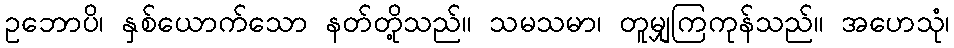
ဥဘောပိ၊ နှစ်ယောက်သော နတ်တို့သည်။ သမသမာ၊ တူမျှကြကုန်သည်။ အဟေသုံ၊